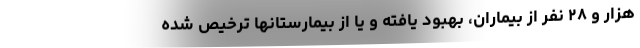
هزار و ۲۸ نفر از بیماران، بهبود یافته و یا از بیمارستانها ترخیص شده